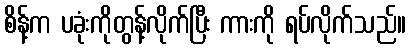
စိန့်က ပခုံးကိုတွန့်လိုက်ပြီး ကားကို ရပ်လိုက်သည်။